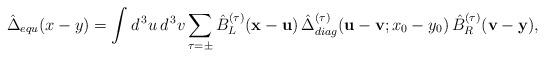
LaTeX: \begin{align*}\hat{\Delta}_{equ} (x - y) = \int d^{\, 3} u \, d^{\, 3} v \sum_{\tau = \pm} \hat{B}_L^{(\tau)} ({\bf x} - {\bf u}) \, \hat{\Delta}_{diag}^{(\tau)} ({\bf u} - {\bf v}; x_0 - y_0) \, \hat{B}_R^{(\tau)} ({\bf v} - {\bf y}) , \end{align*}